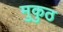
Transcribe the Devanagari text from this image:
मुकुठ